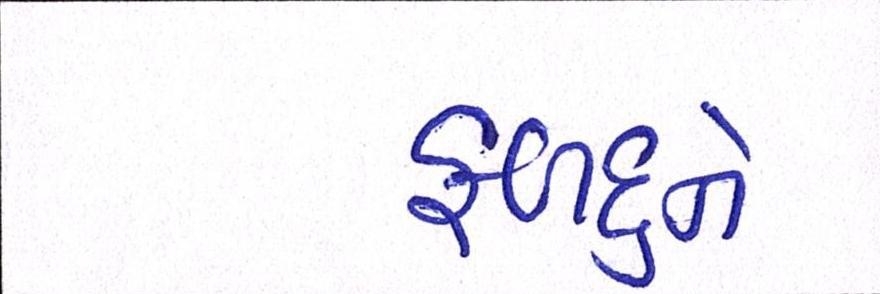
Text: ફળદુને